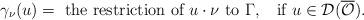
LaTeX: \begin{align*}\gamma_\nu(u)= \mbox{ the restriction of } u\cdot \nu \mbox{ to } \Gamma, \;\; \mbox{ if } u\in \mathcal{D}(\overline{\mathcal{O}}).\end{align*}